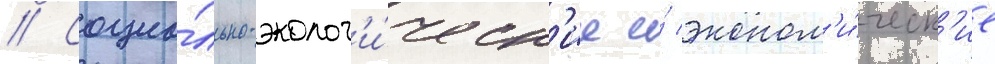
// Социа́льно-эколог'и́ческ'ие и́ эконом'и́ческ'ие